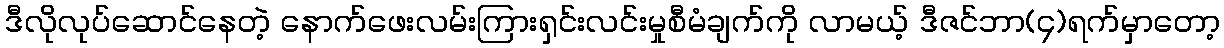
ဒီလိုလုပ်ဆောင်နေတဲ့ နောက်ဖေးလမ်းကြားရှင်းလင်းမှုစီမံချက်ကို လာမယ့် ဒီဇင်ဘာ(၄)ရက်မှာတော့